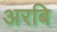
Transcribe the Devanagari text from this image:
अरबि